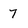
Character: 7